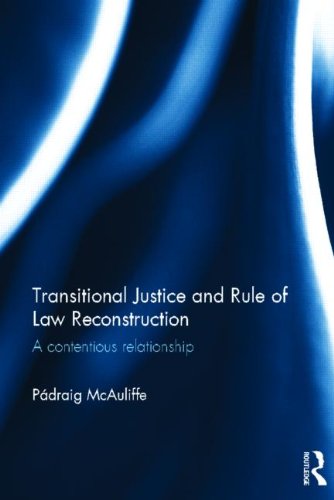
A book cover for Transitional Justice and Rule of Law Reconstruction: A Contentious Relationship; Padraig McAuliffe; Law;